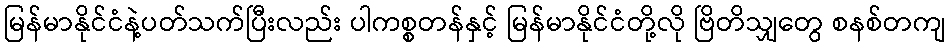
မြန်မာနိုင်ငံနဲ့ပတ်သက်ပြီးလည်း ပါကစ္စတန်နှင့် မြန်မာနိုင်ငံတို့လို ဗြိတိသျှတွေ စနစ်တကျ